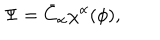
\Psi = \bar { C } _ { \alpha } \chi ^ { \alpha } ( \phi ) ,